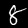
Label: 8